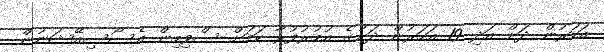
އަހަރުން ދަށް އަދި 19 އަހަރުން ދަށުގެ އުމުރުފުރާ ކަމަށް ސްވިމިން އެސޯސިއޭޝަނުން